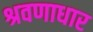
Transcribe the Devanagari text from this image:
श्रवणाधार